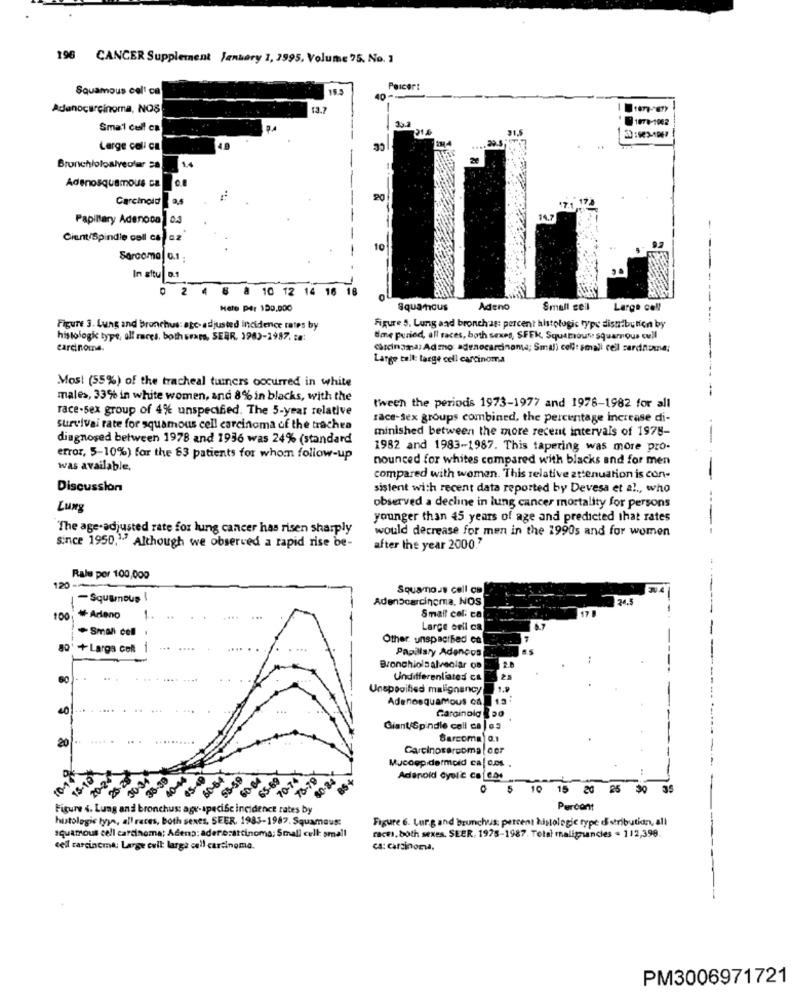
196 CANCER Supplement January 1, 2995, Volume 75. No. 3
Squamous cell ca
15.5
Percert
Adenocarcinoma, NOS
13.7
0 1078-1982
Smal cell ca
21.5
Large coli ca
Bronchloloalveolar 28
Adenosquamous ca
Carcinoid
Papillary Adenoca 0.3
---
Cient/Spindle call capaz
-
10
Sarcoma 0.1 ;
In situ a.1
2
4
6 8 10 12 14 16 18
Hoto Per 100.000
Squamous
Adeno
Small cell
Large cell
---------
Figure 3. Lung and bronchus: age- adjusted incidence rates by
Figure 5, Lung and bronch'as: percent histologic type distribution by
histologi type, all races, both seats, SEBR. 1980-1987. ta:
Ume period, all races, both sexes, SFEK, Squamous squamous cell
carcinoma.
Carcinoma; Admo: adenocarcinoma; Smali cell: smali cell cardnone;
Large tell: targe cell carcinoma
Most (55%) of the tracheal tuiners occurred in white
males, 33% in white women, and 8% in blacks, with the
race-sex group of 4% unspecified. The 5-year relative
tween the periods 1973-1977 and 1976-1982 for all
race-sex groups combined, the percentage increase di-
survival rate for squamous cell carcinoma of the trachea
minished between the more recent intervals of 1978-
diagnosed between 1978 and 1936 was 24% (standard
-
1982 and 1983-1987. This tapering was more pro-
error, 5-10%) for the 83 patients for whom follow-up
nounced for whites compared with blacks and for men
was available,
compared with women. This relative attenuation is con-
Discussion
sistent with recent data reported by Devesa et al ., who
Lung
observed a decline in lung cancer mortality for persons
younger than 45 years of age and predicted that rates
The age-adjusted rate for lung cancer has risen sharply
would decrease for men in the 1990s and for women
since 1950."" Although we observed a rapid rise be-
after the year 2000."
120-
Rale per 100,000
Squamous cell cm
-Squamous
-
AdenScarcinoma, NOS
24.5
100
₩ Areno
-
Small col. ca
- Small cell
Large eril ca
-
Other unspacthad co
go' + Larga colt 1
Papillary Adencos
Bronchiolaalveolar OB
Undifferentiated ca
25
Unspecified malignancy
Adenosquamous ca. 13.
... . ....
...
Garginola & po
Giant/Spindle coll ca | 63
20
Sarcoma 0.1
Carcinosarcoma der
Mucoepidermoid ca| c.es. .
10-1
15-19
20-24
30.34
35-39
40-44
35-4
60-64
55-59
30-04
65-69
70-74
80-34
Adenoid dyel'e cafeos
10
15 20 25 30
Figure 4. Lung and bronchus: age-specibe incidence rates by
Percont
histologic tyya, all races, both sexes, SEER, 1983-1987. Squamous:
Figure 6. Lurg and brunchus: percent histologie type distribution, all
squamous cell carcinoma; Adeno: adenocarcinoma; Small cell: small
racei, both sexes. SEER, 1975-1987. Telai malignancies - 112,398.
cell carcinoma: Large cuit larga cell carcinoma.
ca: carcinoma.
PM3006971721